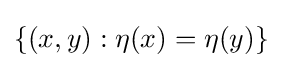
\{(x,y):\eta (x)=\eta (y)\}